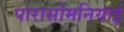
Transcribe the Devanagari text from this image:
पारासोमनियाई